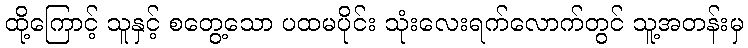
ထို့ကြောင့် သူနှင့် စတွေ့သော ပထမပိုင်း သုံးလေးရက်လောက်တွင် သူ့အတန်းမှ